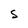
Character: s